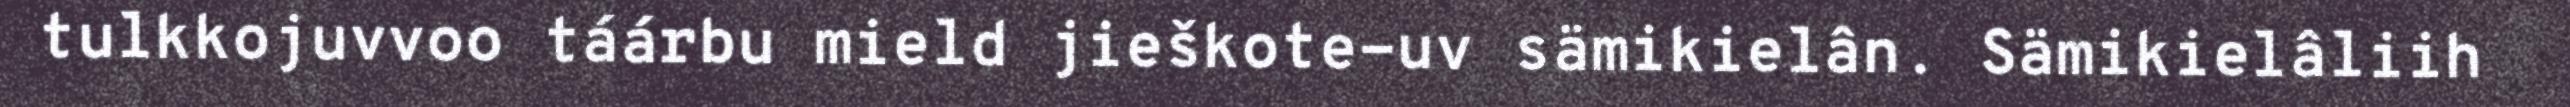
tulkkojuvvoo táárbu mield jieškote-uv sämikielân. Sämikielâliih